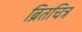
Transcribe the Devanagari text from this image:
ब्रितचित्र